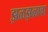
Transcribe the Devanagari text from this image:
झळझळावा